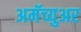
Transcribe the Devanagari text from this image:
अमॅच्युअर